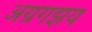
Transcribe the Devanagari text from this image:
अग्रगझय